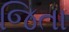
જિતા